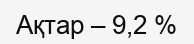
Ақтар – 9,2 %